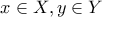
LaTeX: x \in X , y \in Y